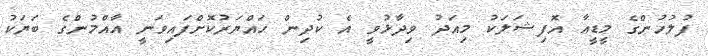
ފުލުހުންގެ މީޑީއާ އޮފިޝަލަކު މިއަދު ވިދާޅުވީ އެ ކުދިން ހައްޔަރުކޮށްފައިވަނީ އާއްމުންގެ ބަޔަކު